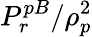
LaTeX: P_{r}^{pB}/\rho_{p}^{2}